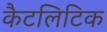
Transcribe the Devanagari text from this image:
कैटलिटिक